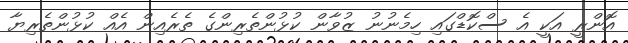
އޮންރީ އަކީ އެ ސްކޮޑްގައި ހިމެނުނު ޒުވާން ކުޅުންތެރިންގެ ތެރެއިން އެއް ކުޅުންތެރިޔާ